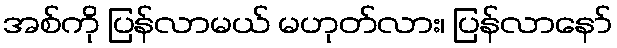
အစ်ကို ပြန်လာမယ် မဟုတ်လား၊ ပြန်လာနော်